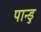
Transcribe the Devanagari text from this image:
पान्डु